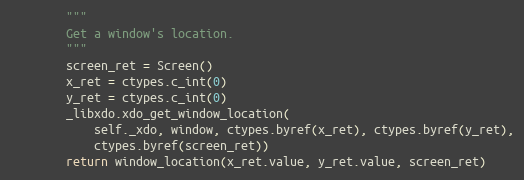
Language: Python
        """
        Get a window's location.
        """
        screen_ret = Screen()
        x_ret = ctypes.c_int(0)
        y_ret = ctypes.c_int(0)
        _libxdo.xdo_get_window_location(
            self._xdo, window, ctypes.byref(x_ret), ctypes.byref(y_ret),
            ctypes.byref(screen_ret))
        return window_location(x_ret.value, y_ret.value, screen_ret)